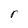
Character: r